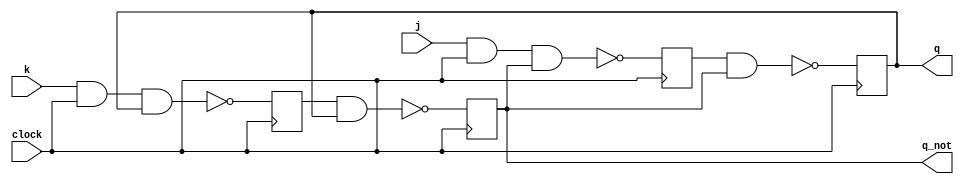
module jk_flip_flop (
    input clock,
    input j,
    input k,
    output reg q,
    output reg q_not
);
/* To have 3-input NAND gate using only 2-input NAND gates,
    use ((j ~& clock) ~& j ~& clock)) ~& ((q_not ~& q_not) ~& (q_not ~& q_not)).
    Putting q_not through NAND gates is only necessary if propagation delay
    should be matched between j, clock, and q_not when going through the 3-input
    NAND gate.
*/

reg s_not;
reg r_not;

initial begin
    s_not = 1;
    r_not = 0;
    q = 0;
    q_not = 1;
end

// JK flip flop logic
always @(posedge clock) begin
    s_not <= ~(j & clock & q_not);
    r_not <= ~(k & clock & q);
    q <= s_not ~& q_not;
    q_not <= r_not ~& q;
end

endmodule